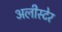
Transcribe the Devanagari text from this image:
अलीस्टेर